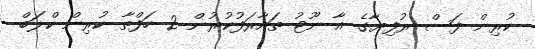
ކުރިން ފަސް ރުފިޔާގެ އާ ނޫޓު ތައާރަފުކުރުން 2 ހަފްތާ ކުރިން ކްލަބް